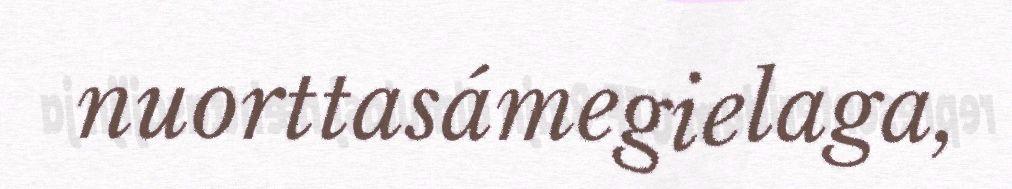
nuorttasámegielaga,